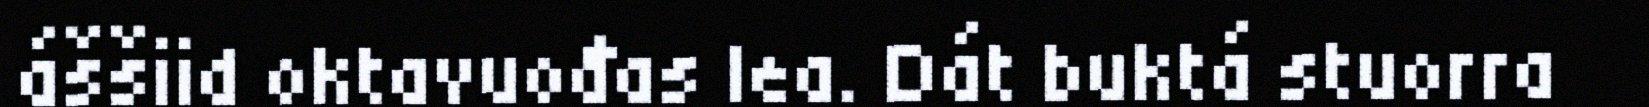
áššiid oktavuođas lea. Dát buktá stuorra